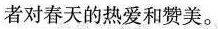
者对春天的热爱和赞美。